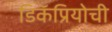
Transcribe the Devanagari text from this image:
डिकॅप्रियोची